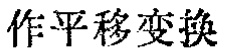
作平移变换